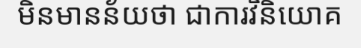
មិនមានន័យថា ជាការវិនិយោគ